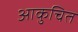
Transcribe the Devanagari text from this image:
आकुचित